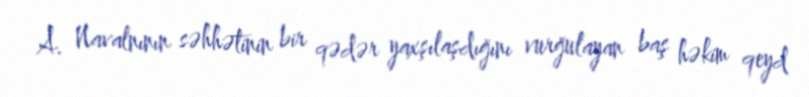
A. Navalnının səhhətinin bir qədər yaxşılaşdığını vurğulayan baş həkim qeyd